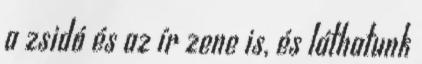
a zsidó és az ír zene is, és láthatunk